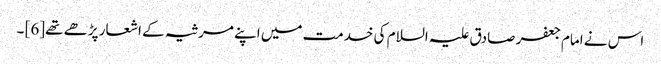
اس نے امام جعفر صادق علیہ السلام کی خدمت میں اپنے مرثیہ کے اشعار پڑھے تھے[6] ۔